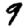
Digit: 9